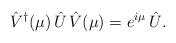
LaTeX: \begin{align*}\hat{V}^\dagger (\mu) \, \hat{U} \, \hat{V}(\mu)= e^{ i \mu } \, \hat{U}.\end{align*}